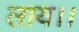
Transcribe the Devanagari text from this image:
लाय।।